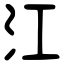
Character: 江